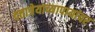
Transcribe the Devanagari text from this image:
दत्तात्रेयाच्यापायांवर